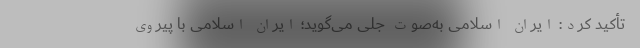
تأکید کرد: ایران اسلامی به‌صوت جلی می‌گوید؛ ایران اسلامی با پیروی